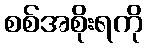
စစ်အစိုးရကို